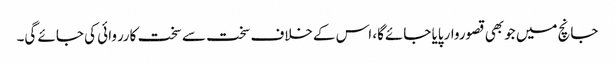
جانچ میں جوبھی قصوروارپایا جائےگا، اس کےخلاف سخت سے سخت کارروائی کی جائے گی۔